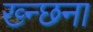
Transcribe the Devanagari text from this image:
ख्न्छना